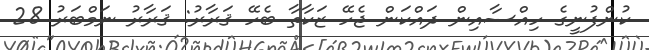
ކުންފުނީގެ ހިއްސާއިން ދައްކަން ޖެހޭ ޒަކާތާ ބެހޭ ޤަރާރު: ޤަރާރު ނަމްބަރު 28